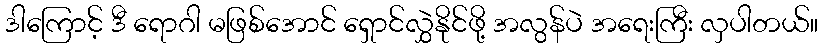
ဒါကြောင့် ဒီ ရောဂါ မဖြစ်အောင် ရှောင်လွှဲနိုင်ဖို့ အလွန်ပဲ အရေးကြီး လှပါတယ်။